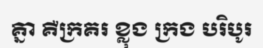
គ្នា គឺក្រគរ ខ្លុង ក្រង បរិបូរ